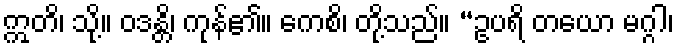
ဣတိ၊ သို့။ ဝဒန္တိ၊ ကုန်၏။ ကေစိ၊ တို့သည်။ “ဥပရိ တယော မဂ္ဂါ၊